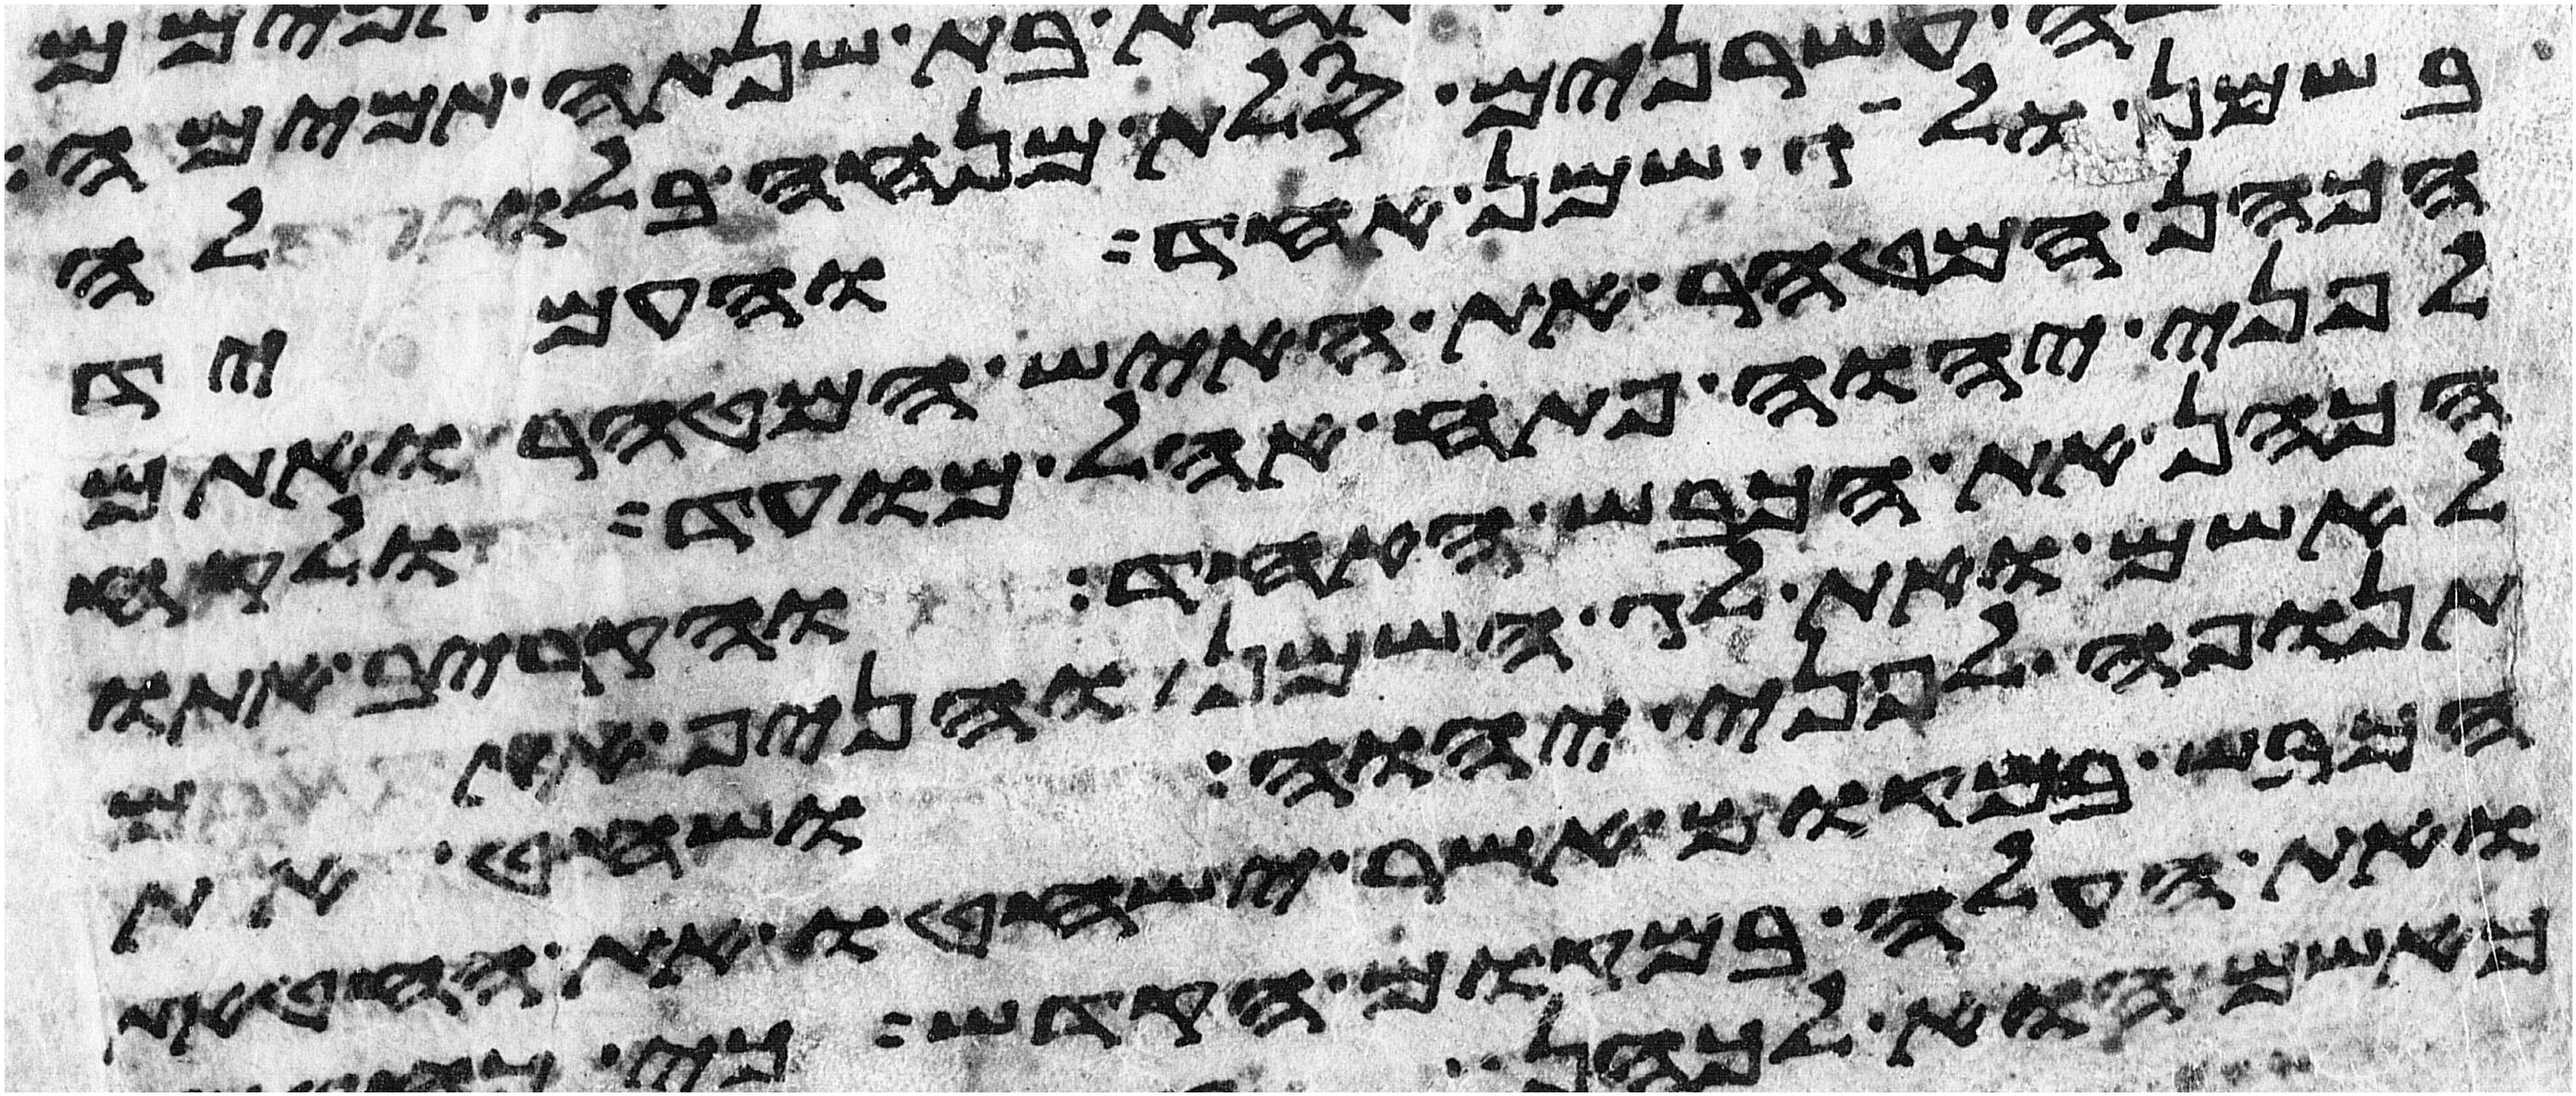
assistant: בשמן ולג שמן אחד והעמיד
הכהן המטהר את האיש המטהר ואתם
לפני יהוה פתח אהל מועד ולקח
הכהן את הכבש האחד והקריב אתו
לאשם ואת לג השמן והניף אתם
תנופה לפני יהוה ושחט את
הכבש במקום אשר ישחטו את החטאת